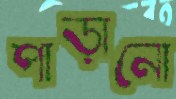
পাড়ানো